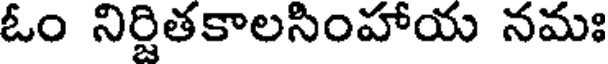
ఓం నిర్జితకాలసింహాయ నమః